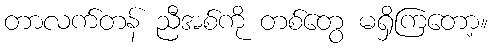
တာလက်တန် ညီအစ်ကို တစ်တွေ မရှိကြတော့။